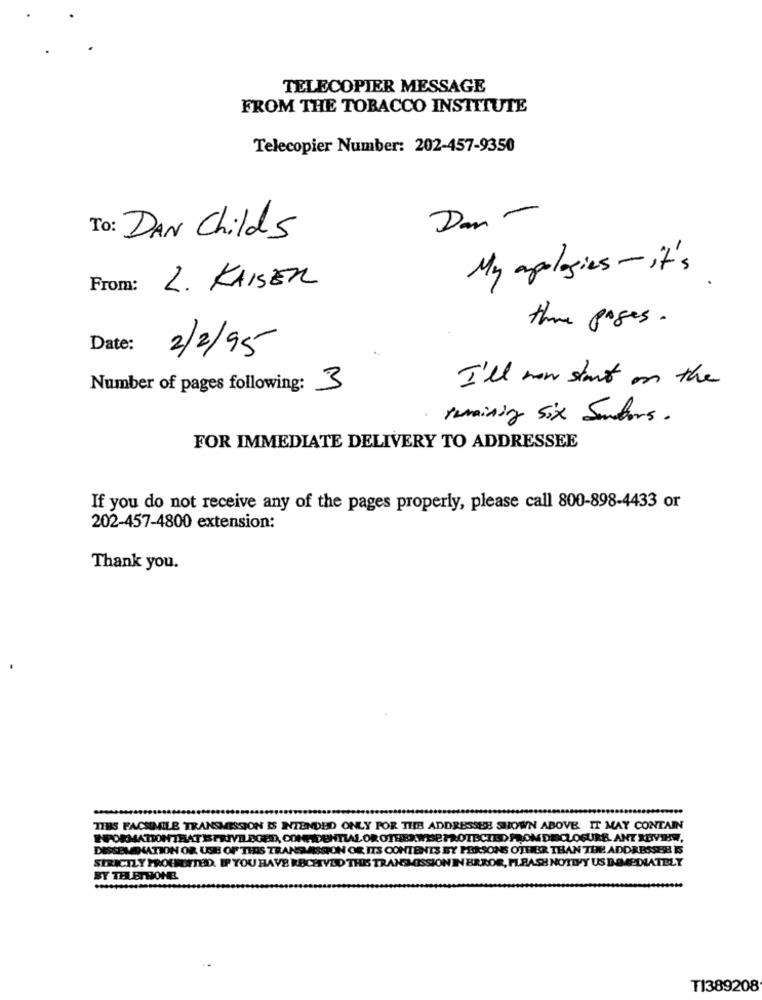
TELECOPIER MESSAGE
FROM THE TOBACCO INSTITUTE
Telecopier Number: 202-457-9350
Dan -
To: DAN Childs
My apologies - it's
From:
L. KAISER
thre pages.
Date:
2/2/95
Number of pages following: 3
I'll now start on the
remaining six Senhors.
FOR IMMEDIATE DELIVERY TO ADDRESSEE
If you do not receive any of the pages properly, please call 800-898-4433 or
202-457-4800 extension:
Thank you.
TIBS FACSIMILE TRANSMISSION IS INTENDED ONLY FOR THE ADDRESSES SHOWN ABOVE IT MAY CONTAIN
E-FORMATIONTHAT IS PRIVIL BORE), CONFIDENTIAL OR OTHERWISE PROTECTED FROM DISCLOSURE. ANT REVIEW,
DISSEMDIATION OR USE OF THIS TRANSMISSION OR, ITS CONTENTS BY PERSONS OTHER THAN THE ADDRESSER IS
STRICTLY PROUSTED. IF YOU HAVE RECHVED THIS TRANSMISSION IN ERROR, PIBASH NOTIFY US DOMAPLNATELY
BY TELETHONR.
-
TI389208